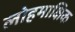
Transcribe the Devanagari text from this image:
लोहमाक्षिक